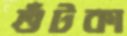
শুঁটকা